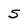
Character: S